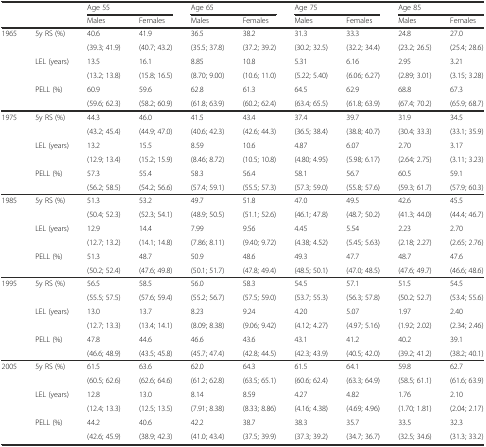
<table><thead><tr><td rowspan="2" colspan="2"></td><td colspan="2"><b>Age 55</b></td><td colspan="2"><b>Age 65</b></td><td colspan="2"><b>Age 75</b></td><td colspan="2"><b>Age 85</b></td></tr><tr><td><b>Males</b></td><td><b>Females</b></td><td><b>Males</b></td><td><b>Females</b></td><td><b>Males</b></td><td><b>Females</b></td><td><b>Males</b></td><td><b>Females</b></td></tr></thead><tbody><tr><td rowspan="6">1965</td><td rowspan="2">5y RS (%)</td><td>40.6</td><td>41.9</td><td>36.5</td><td>38.2</td><td>31.3</td><td>33.3</td><td>24.8</td><td>27.0</td></tr><tr><td>(39.3; 41.9)</td><td>(40.7; 43.2)</td><td>(35.5; 37.8)</td><td>(37.2; 39.2)</td><td>(30.2; 32.5)</td><td>(32.2; 34.4)</td><td>(23.2; 26.5)</td><td>(25.4; 28.6)</td></tr><tr><td rowspan="2">LEL (years)</td><td>13.5</td><td>16.1</td><td>8.85</td><td>10.8</td><td>5.31</td><td>6.16</td><td>2.95</td><td>3.21</td></tr><tr><td>(13.2; 13.8)</td><td>(15.8; 16.5)</td><td>(8.70; 9.00)</td><td>(10.6; 11.0)</td><td>(5.22; 5.40)</td><td>(6.06; 6.27)</td><td>(2.89; 3.01)</td><td>(3.15; 3.28)</td></tr><tr><td rowspan="2">PELL (%)</td><td>60.9</td><td>59.6</td><td>62.8</td><td>61.3</td><td>64.5</td><td>62.9</td><td>68.8</td><td>67.3</td></tr><tr><td>(59.6; 62.3)</td><td>(58.2; 60.9)</td><td>(61.8; 63.9)</td><td>(60.2; 62.4)</td><td>(63.4; 65.5)</td><td>(61.8; 63.9)</td><td>(67.4; 70.2)</td><td>(65.9; 68.7)</td></tr><tr><td rowspan="6">1975</td><td rowspan="2">5y RS (%)</td><td>44.3</td><td>46.0</td><td>41.5</td><td>43.4</td><td>37.4</td><td>39.7</td><td>31.9</td><td>34.5</td></tr><tr><td>(43.2; 45.4)</td><td>(44.9; 47.0)</td><td>(40.6; 42.3)</td><td>(42.6; 44.3)</td><td>(36.5; 38.4)</td><td>(38.8; 40.7)</td><td>(30.4; 33.3)</td><td>(33.1; 35.9)</td></tr><tr><td rowspan="2">LEL (years)</td><td>13.2</td><td>15.5</td><td>8.59</td><td>10.6</td><td>4.87</td><td>6.07</td><td>2.70</td><td>3.17</td></tr><tr><td>(12.9; 13.4)</td><td>(15.2; 15.9)</td><td>(8.46; 8.72)</td><td>(10.5; 10.8)</td><td>(4.80; 4.95)</td><td>(5.98; 6.17)</td><td>(2.64; 2.75)</td><td>(3.11; 3.23)</td></tr><tr><td rowspan="2">PELL (%)</td><td>57.3</td><td>55.4</td><td>58.3</td><td>56.4</td><td>58.1</td><td>56.7</td><td>60.5</td><td>59.1</td></tr><tr><td>(56.2; 58.5)</td><td>(54.2; 56.6)</td><td>(57.4; 59.1)</td><td>(55.5; 57.3)</td><td>(57.3; 59.0)</td><td>(55.8; 57.6)</td><td>(59.3; 61.7)</td><td>(57.9; 60.3)</td></tr><tr><td rowspan="6">1985</td><td rowspan="2">5y RS (%)</td><td>51.3</td><td>53.2</td><td>49.7</td><td>51.8</td><td>47.0</td><td>49.5</td><td>42.6</td><td>45.5</td></tr><tr><td>(50.4; 52.3)</td><td>(52.3; 54.1)</td><td>(48.9; 50.5)</td><td>(51.1; 52.6)</td><td>(46.1; 47.8)</td><td>(48.7; 50.2)</td><td>(41.3; 44.0)</td><td>(44.4; 46.7)</td></tr><tr><td rowspan="2">LEL (years)</td><td>12.9</td><td>14.4</td><td>7.99</td><td>9.56</td><td>4.45</td><td>5.54</td><td>2.23</td><td>2.70</td></tr><tr><td>(12.7; 13.2)</td><td>(14.1; 14.8)</td><td>(7.86; 8.11)</td><td>(9.40; 9.72)</td><td>(4.38; 4.52)</td><td>(5.45; 5.63)</td><td>(2.18; 2.27)</td><td>(2.65; 2.76)</td></tr><tr><td rowspan="2">PELL (%)</td><td>51.3</td><td>48.7</td><td>50.9</td><td>48.6</td><td>49.3</td><td>47.7</td><td>48.7</td><td>47.6</td></tr><tr><td>(50.2; 52.4)</td><td>(47.6; 49.8)</td><td>(50.1; 51.7)</td><td>(47.8; 49.4)</td><td>(48.5; 50.1)</td><td>(47.0; 48.5)</td><td>(47.6; 49.7)</td><td>(46.6; 48.6)</td></tr><tr><td rowspan="6">1995</td><td rowspan="2">5y RS (%)</td><td>56.5</td><td>58.5</td><td>56.0</td><td>58.3</td><td>54.5</td><td>57.1</td><td>51.5</td><td>54.5</td></tr><tr><td>(55.5; 57.5)</td><td>(57.6; 59.4)</td><td>(55.2; 56.7)</td><td>(57.5; 59.0)</td><td>(53.7; 55.3)</td><td>(56.3; 57.8)</td><td>(50.2; 52.7)</td><td>(53.4; 55.6)</td></tr><tr><td rowspan="2">LEL (years)</td><td>13.0</td><td>13.7</td><td>8.23</td><td>9.24</td><td>4.20</td><td>5.07</td><td>1.97</td><td>2.40</td></tr><tr><td>(12.7; 13.3)</td><td>(13.4; 14.1)</td><td>(8.09; 8.38)</td><td>(9.06; 9.42)</td><td>(4.12; 4.27)</td><td>(4.97; 5.16)</td><td>(1.92; 2.02)</td><td>(2.34; 2.46)</td></tr><tr><td rowspan="2">PELL (%)</td><td>47.8</td><td>44.6</td><td>46.6</td><td>43.6</td><td>43.1</td><td>41.2</td><td>40.2</td><td>39.1</td></tr><tr><td>(46.6; 48.9)</td><td>(43.5; 45.8)</td><td>(45.7; 47.4)</td><td>(42.8; 44.5)</td><td>(42.3; 43.9)</td><td>(40.5; 42.0)</td><td>(39.2; 41.2)</td><td>(38.2; 40.1)</td></tr><tr><td rowspan="6">2005</td><td rowspan="2">5y RS (%)</td><td>61.5</td><td>63.6</td><td>62.0</td><td>64.3</td><td>61.5</td><td>64.1</td><td>59.8</td><td>62.7</td></tr><tr><td>(60.5; 62.6)</td><td>(62.6; 64.6)</td><td>(61.2; 62.8)</td><td>(63.5; 65.1)</td><td>(60.6; 62.4)</td><td>(63.3; 64.9)</td><td>(58.5; 61.1)</td><td>(61.6; 63.9)</td></tr><tr><td rowspan="2">LEL (years)</td><td>12.8</td><td>13.0</td><td>8.14</td><td>8.59</td><td>4.27</td><td>4.82</td><td>1.76</td><td>2.10</td></tr><tr><td>(12.4; 13.3)</td><td>(12.5; 13.5)</td><td>(7.91; 8.38)</td><td>(8.33; 8.86)</td><td>(4.16; 4.38)</td><td>(4.69; 4.96)</td><td>(1.70; 1.81)</td><td>(2.04; 2.17)</td></tr><tr><td rowspan="2">PELL (%)</td><td>44.2</td><td>40.6</td><td>42.2</td><td>38.7</td><td>38.3</td><td>35.7</td><td>33.5</td><td>32.3</td></tr><tr><td>(42.6; 45.9)</td><td>(38.9; 42.3)</td><td>(41.0; 43.4)</td><td>(37.5; 39.9)</td><td>(37.3; 39.2)</td><td>(34.7; 36.7)</td><td>(32.5; 34.6)</td><td>(31.3; 33.2)</td></tr></tbody></table>